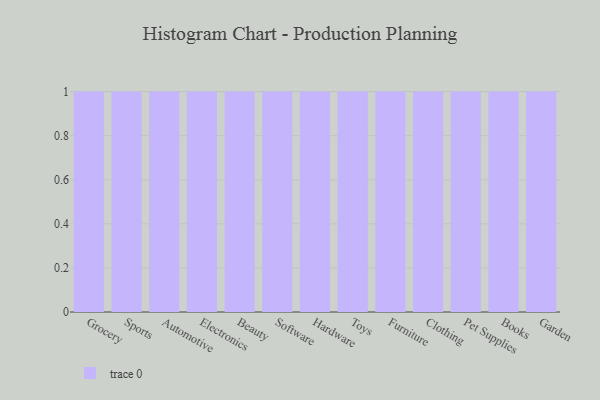
{"axis": {"x": "Category", "y": "Satisfaction Score"}, "legend": [""], "data": [{"x": "Grocery", "y": 8, "type": ""}, {"x": "Sports", "y": 60, "type": ""}, {"x": "Automotive", "y": 88, "type": ""}, {"x": "Electronics", "y": 94, "type": ""}, {"x": "Beauty", "y": 90, "type": ""}, {"x": "Software", "y": 57, "type": ""}, {"x": "Hardware", "y": 4, "type": ""}, {"x": "Toys", "y": 22, "type": ""}, {"x": "Furniture", "y": 42, "type": ""}, {"x": "Clothing", "y": 22, "type": ""}, {"x": "Pet Supplies", "y": 59, "type": ""}, {"x": "Books", "y": 30, "type": ""}, {"x": "Garden", "y": 15, "type": ""}]}